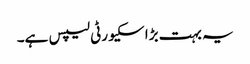
یہ بہت بڑا سکیورٹی لیپس ہے۔